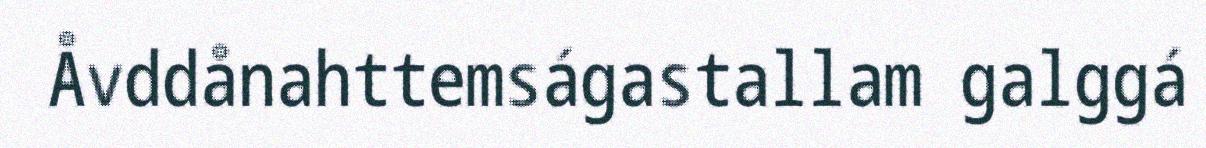
Åvddånahttemságastallam galggá